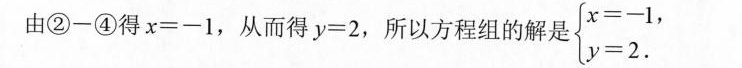
由②-④得$$x=-1$$，从而得 $$y = 2$$，所以方程组的解是 $$x = - 1$$$$y = 2$$.